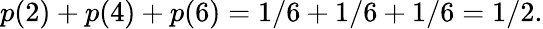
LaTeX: p(2)+p(4)+p(6)=1/6+1/6+1/6=1/2.